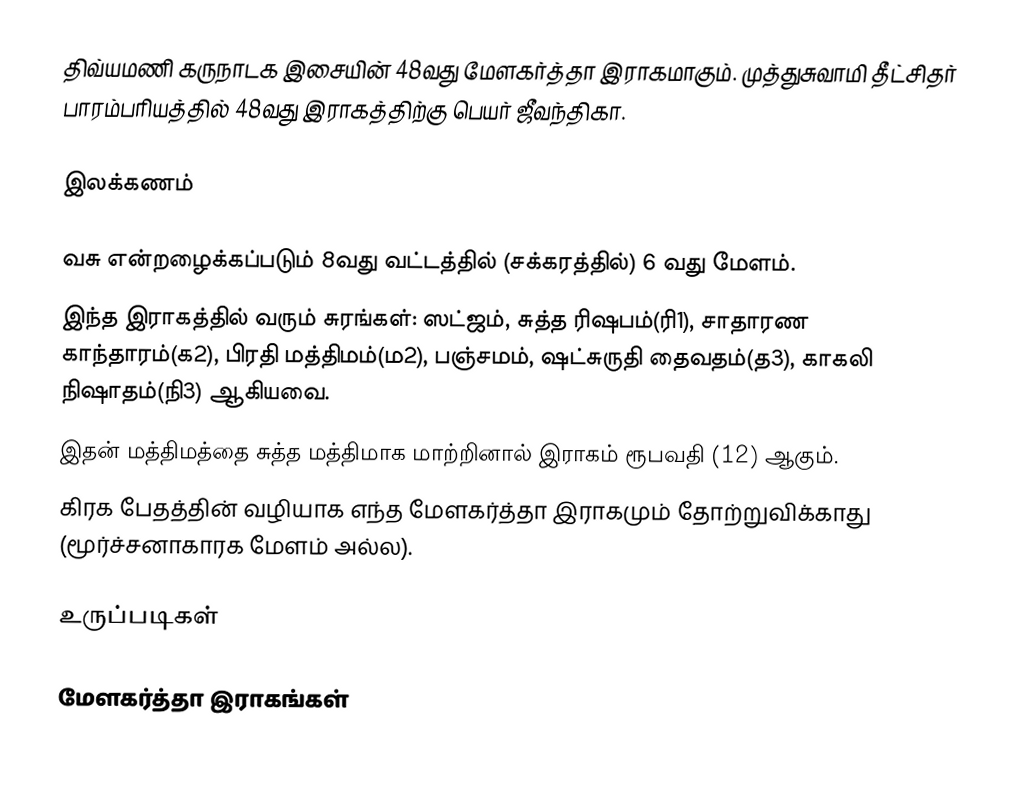
திவ்யமணி கருநாடக இசையின் 48வது மேளகர்த்தா இராகமாகும். முத்துசுவாமி தீட்சிதர் பாரம்பரியத்தில் 48வது இராகத்திற்கு பெயர் ஜீவந்திகா.

இலக்கணம்

 வசு என்றழைக்கப்படும் 8வது வட்டத்தில் (சக்கரத்தில்) 6 வது மேளம்.
 இந்த இராகத்தில் வரும் சுரங்கள்: ஸட்ஜம், சுத்த ரிஷபம்(ரி1), சாதாரண காந்தாரம்(க2), பிரதி மத்திமம்(ம2), பஞ்சமம், ஷட்சுருதி தைவதம்(த3), காகலி நிஷாதம்(நி3) ஆகியவை.
 இதன் மத்திமத்தை சுத்த மத்திமாக மாற்றினால் இராகம் ரூபவதி (12) ஆகும்.
 கிரக பேதத்தின் வழியாக எந்த மேளகர்த்தா இராகமும் தோற்றுவிக்காது (மூர்ச்சனாகாரக மேளம் அல்ல).

உருப்படிகள்

மேளகர்த்தா இராகங்கள்